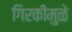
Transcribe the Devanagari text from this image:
गिरकीमुळे